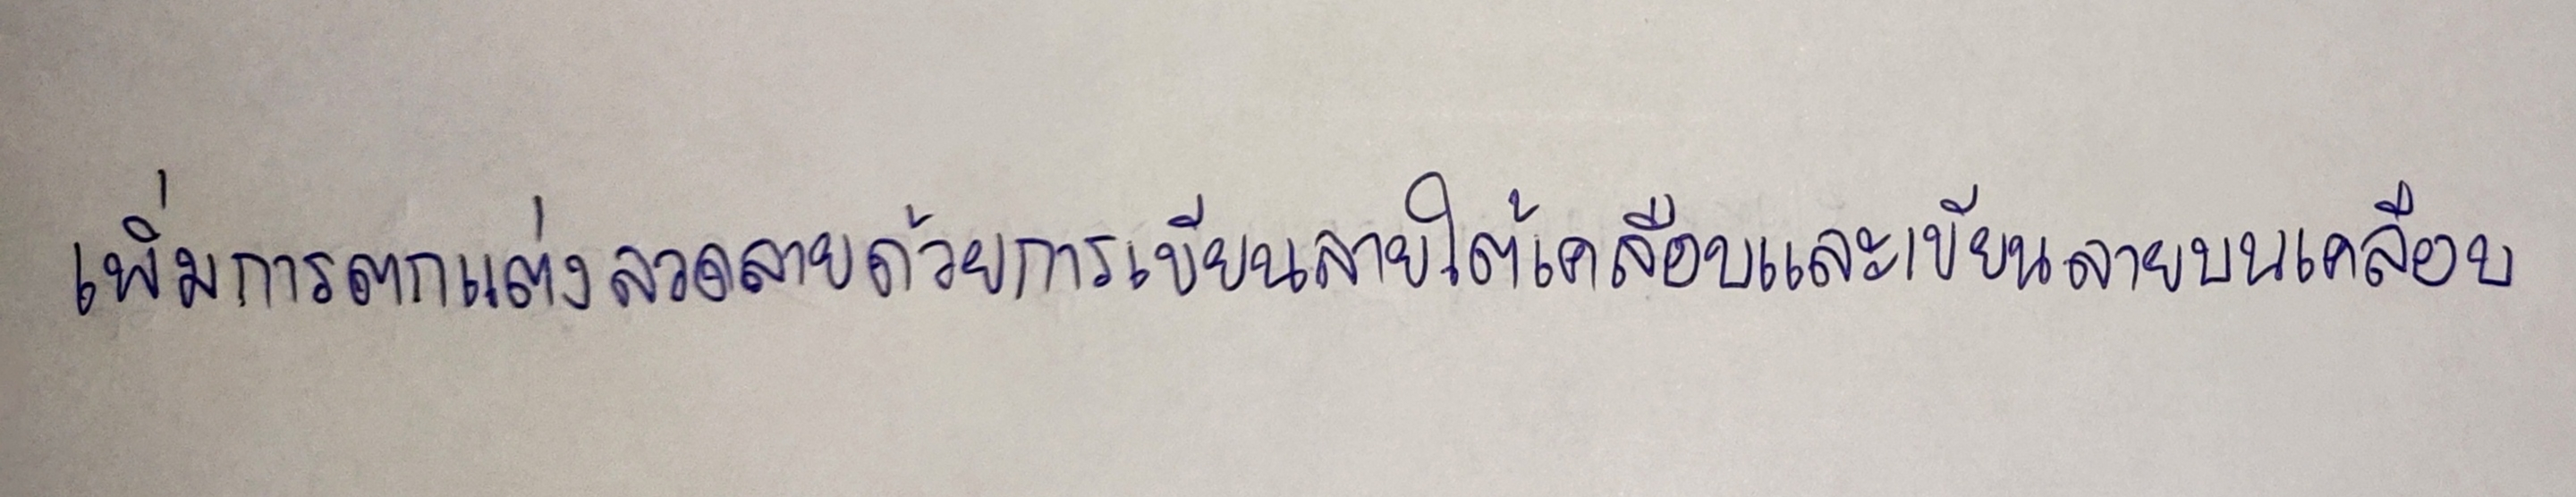
เพิ่มการตกแต่งลวดลายด้วยการเขียนลายใต้เคลือบและเขียนลายบนเคลือบ